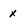
Character: x